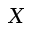
X